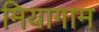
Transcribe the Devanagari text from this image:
मियागाम